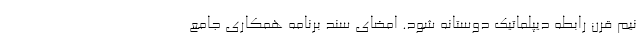
نیم قرن رابطه دیپلماتیک دوستانه شود. امضای سند برنامه همکاری جامع